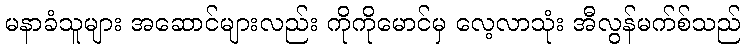
မနာခံသူများ အဆောင်များလည်း ကိုကိုမောင်မှ လေ့လာသုံး အီလွန်မက်စ်သည်